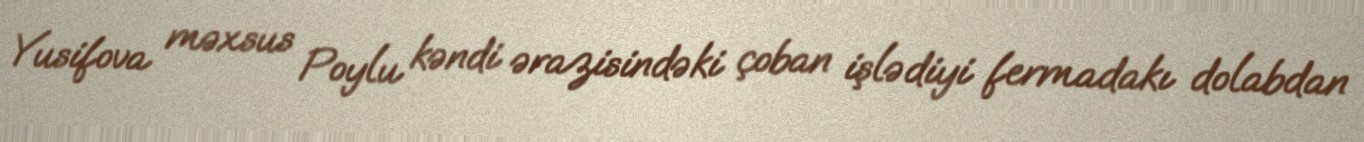
Yusifova məxsus Poylu kəndi ərazisindəki çoban işlədiyi fermadakı dolabdan